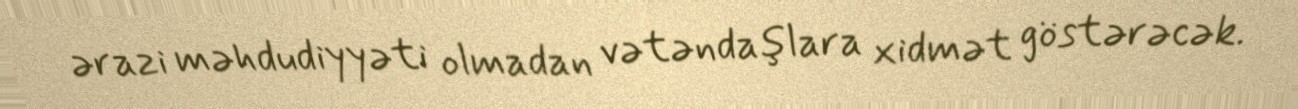
ərazi məhdudiyyəti olmadan vətəndaşlara xidmət göstərəcək.